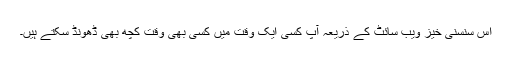
اس سنسنی خیز ویب سائٹ کے ذریعہ آپ کسی ایک وقت میں کسی بھی وقت کچھ بھی ڈھونڈ سکتے ہیں۔